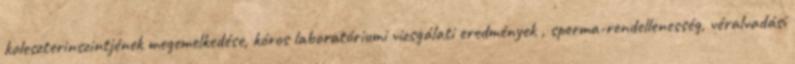
koleszterinszintjének megemelkedése, kóros laboratóriumi vizsgálati eredmények , sperma-rendellenesség, véralvadási